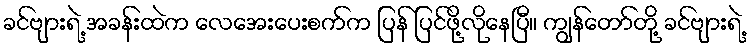
ခင်ဗျားရဲ့ အခန်းထဲက လေအေးပေးစက်က ပြန် ပြင်ဖို့လိုနေပြီ။ ကျွန်တော်တို့ ခင်ဗျားရဲ့